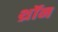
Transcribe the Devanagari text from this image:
थ्रॉन